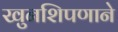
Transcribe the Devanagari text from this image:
खुनशिपणाने